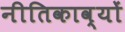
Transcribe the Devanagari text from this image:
नीतिकाव्यों